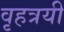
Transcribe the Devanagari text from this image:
वृहत्रयी